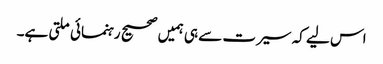
اس لیے کہ سیرت سے ہی ہمیں صحیح رہنمائی ملتی ہے۔